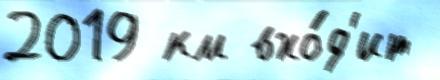
2019 км вхо́д'ит